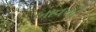
બાવચી